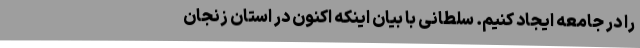
را در جامعه ایجاد کنیم. سلطانی با بیان اینکه اکنون در استان زنجان